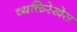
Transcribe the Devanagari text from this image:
व्यक्तिरेखेस